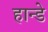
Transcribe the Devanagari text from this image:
हान्डे